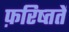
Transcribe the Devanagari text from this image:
फ़रिष्ततें